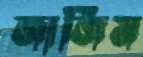
জাজিম